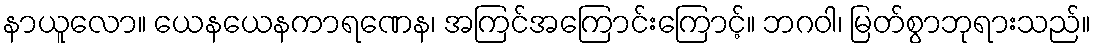
နာယူလော။ ယေနယေနကာရဏေန၊ အကြင်အကြောင်းကြောင့်။ ဘဂဝါ၊ မြတ်စွာဘုရားသည်။